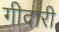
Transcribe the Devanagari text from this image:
गीदारी